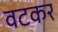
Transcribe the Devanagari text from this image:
वटकर